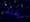
يفتقر